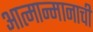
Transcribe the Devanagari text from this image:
आत्मान्मानाची